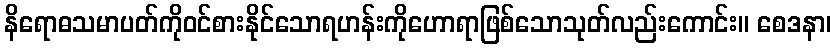
နိရောဓသမာပတ်ကိုဝင်စားနိုင်သောရဟန်းကိုဟောရာဖြစ်သောသုတ်လည်းကောင်း။ စေဒနာ၊